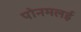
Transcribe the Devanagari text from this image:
पोनमलई